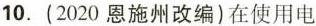
10.(2020恩施改编)在使用电